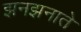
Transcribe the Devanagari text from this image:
झनझनाते